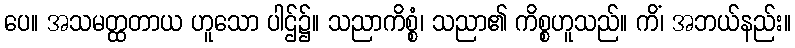
ပေ။ အသမတ္ထတာယ ဟူသော ပါဌ်၌။ သညာကိစ္စံ၊ သညာ၏ ကိစ္စဟူသည်။ ကိံ၊ အဘယ်နည်း။